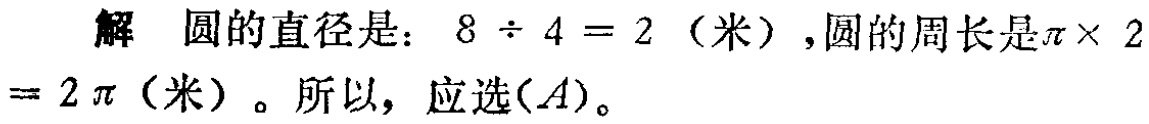
解 圆的直径是：\(8\div4 = 2\)（米）,圆的周长是\(\pi\times 2 = 2\pi\)（米）。所以，应选\((A)\)。